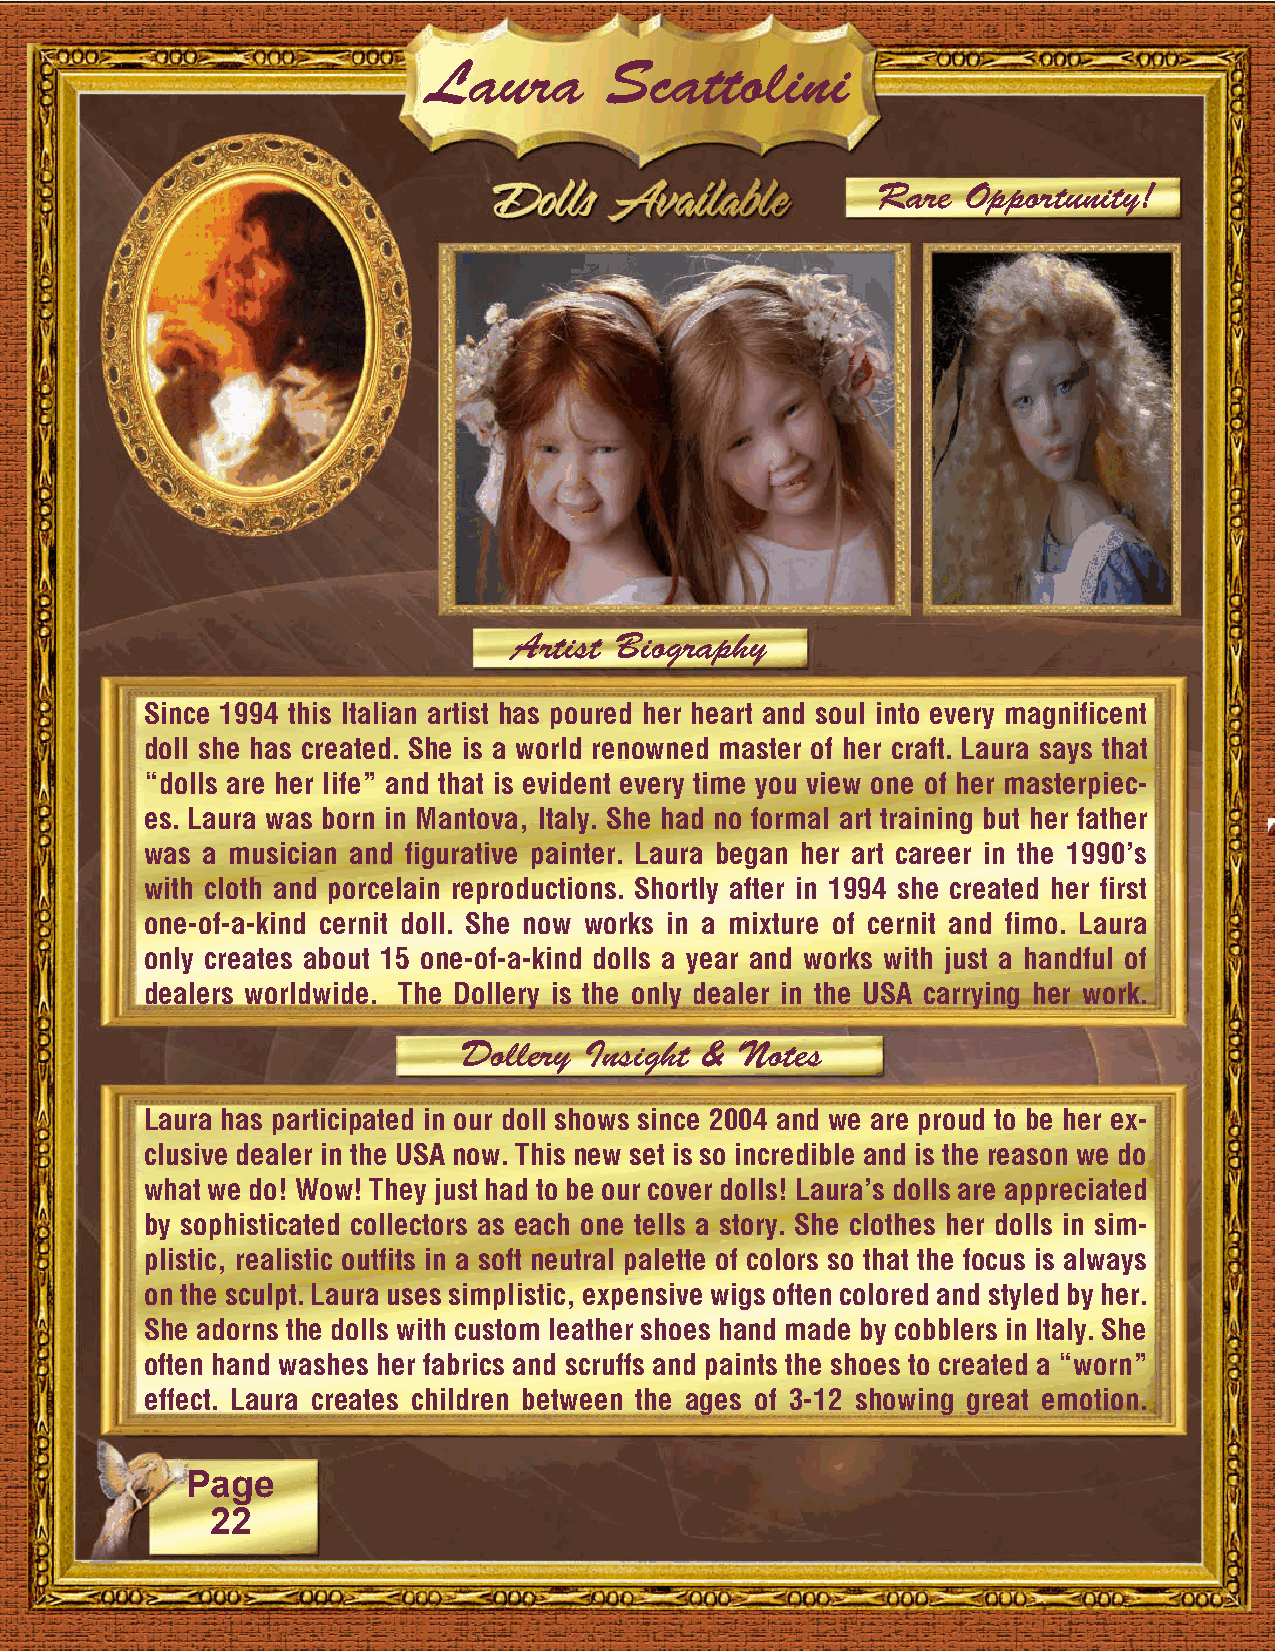
Laura       Scattolini
 Rare  Opportunity!
 Artist Biography
 Since 1994 this Italian artist has poured her heart and soul into every magnificent
 doll she has created. She is a world renowned master of her craft. Laura says that
 “dolls are her life” and that is evident every time you view one of her masterpiec-
 es. Laura was born in Mantova, Italy. She had no formal art training but her father
 was a musician and figurative painter. Laura began her art career in the 1990’s
 with cloth and porcelain reproductions. Shortly after in 1994 she created her first
 one-of-a-kind cernit doll. She now works in a mixture of cernit and fimo. Laura
 only creates about 15 one-of-a-kind dolls a year and works with just a handful of
 dealers worldwide. The Dollery is the only dealer in the USA carrying her work.
 Dollery  Insight & Notes
 Laura has participated in our doll shows since 2004 and we are proud to be her ex-
 clusive dealer in the USA now. This new set is so incredible and is the reason we do
 what we do! Wow! They just had to be our cover dolls! Laura’s dolls are appreciated
 by sophisticated collectors as each one tells a story. She clothes her dolls in sim-
 plistic, realistic outfits in a soft neutral palette of colors so that the focus is always
 on the sculpt. Laura uses simplistic, expensive wigs often colored and styled by her.
 She adorns the dolls with custom leather shoes hand made by cobblers in Italy. She
 often hand washes her fabrics and scruffs and paints the shoes to created a “worn”
 effect. Laura creates children between the ages of 3-12 showing great emotion.
 Page
 22